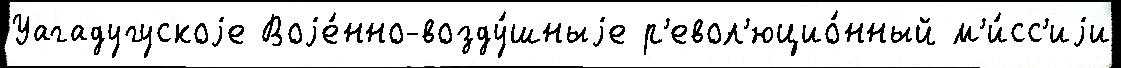
Уагадугускоjе Воjе́нно-возду́шныjе р'евол'юцио́нный м'и́сс'иjи